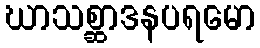
ဃာသစ္ဆာဒနပရမော